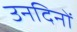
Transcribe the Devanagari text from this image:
उनदिनों